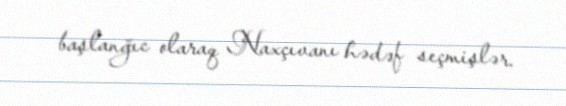
başlanğıc olaraq Naxçıvanı hədəf seçmişlər.